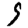
Digit: 9